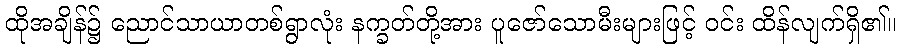
ထိုအချိန်၌ ညောင်သာယာတစ်ရွာလုံး နက္ခတ်တို့အား ပူဇော်သောမီးများဖြင့် ဝင်း ထိန်လျက်ရှိ၏။